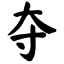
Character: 夺